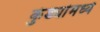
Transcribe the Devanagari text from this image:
कुंड्यांमध्ये